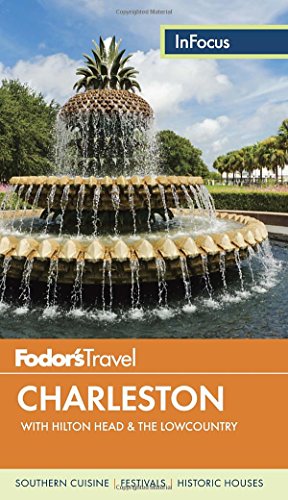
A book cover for Fodor's In Focus Charleston: with Hilton Head & the Lowcountry (Travel Guide); Fodor's; Travel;